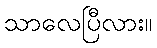
သာလေပြီလား။